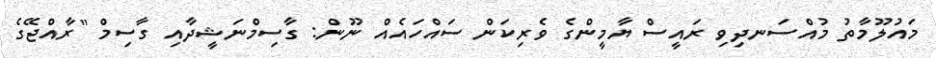
މައުލޫމާތު މުއްސަނދިވި ރައީސް ޔާމީންގެ ވެރިކަން ސައްހައެއް ނޫން: ގާސިމްނަޝީދާއި ގާސިމް "ރާއްޖޭގެ